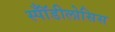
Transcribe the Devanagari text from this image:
स्पॉँडीलोसिस